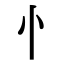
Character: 忄